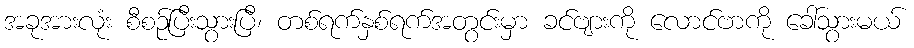
အခုအားလုံး စီစဉ်ပြီးသွားပြီ၊ တစ်ရက်နှစ်ရက်အတွင်းမှာ ခင်ဗျားကို လောင်ဗာကို ခေါ်သွားမယ်